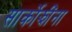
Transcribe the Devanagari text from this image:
सार्कोझींना